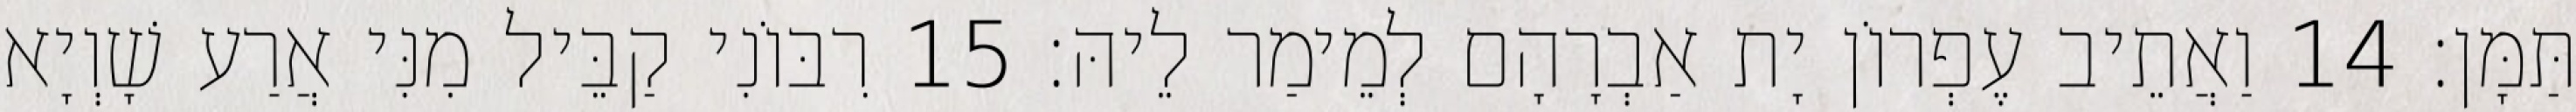
תַּמָּן׃ 14 וַאֲתֵיב עֶפְרוֹן יָת אַבְרָהָם לְמֵימַר לֵיהּ׃ 15 רִבּוֹנִי קַבֵּיל מִנִּי אֲרַע שָׁוְיָא